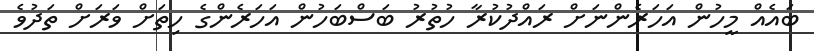
ބައެއް މީހުން އަހަރެންނަށް ރައްދުކުރާ ހުތުރު ބަސްބަހުން އަހަރެންގެ ހިތަށް ވަރަށް ތަދުވެ